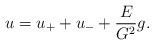
LaTeX: \begin{align*}u=u_{+}+u_{-}+\frac{E}{G^2}g.\end{align*}